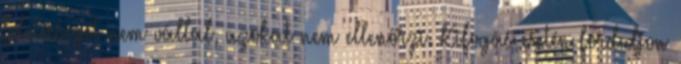
felelősséget nem vállal, azokat nem ellenőrzi. Kifogás esetén forduljon